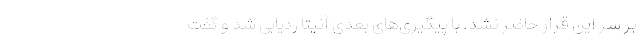
بر سر این قرار حاضر نشد. با پیگیری‌های بعدی آنیتا ردیابی شد و گفت